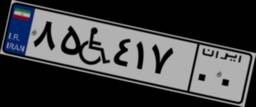
۸۵W۴۱۷۰۰